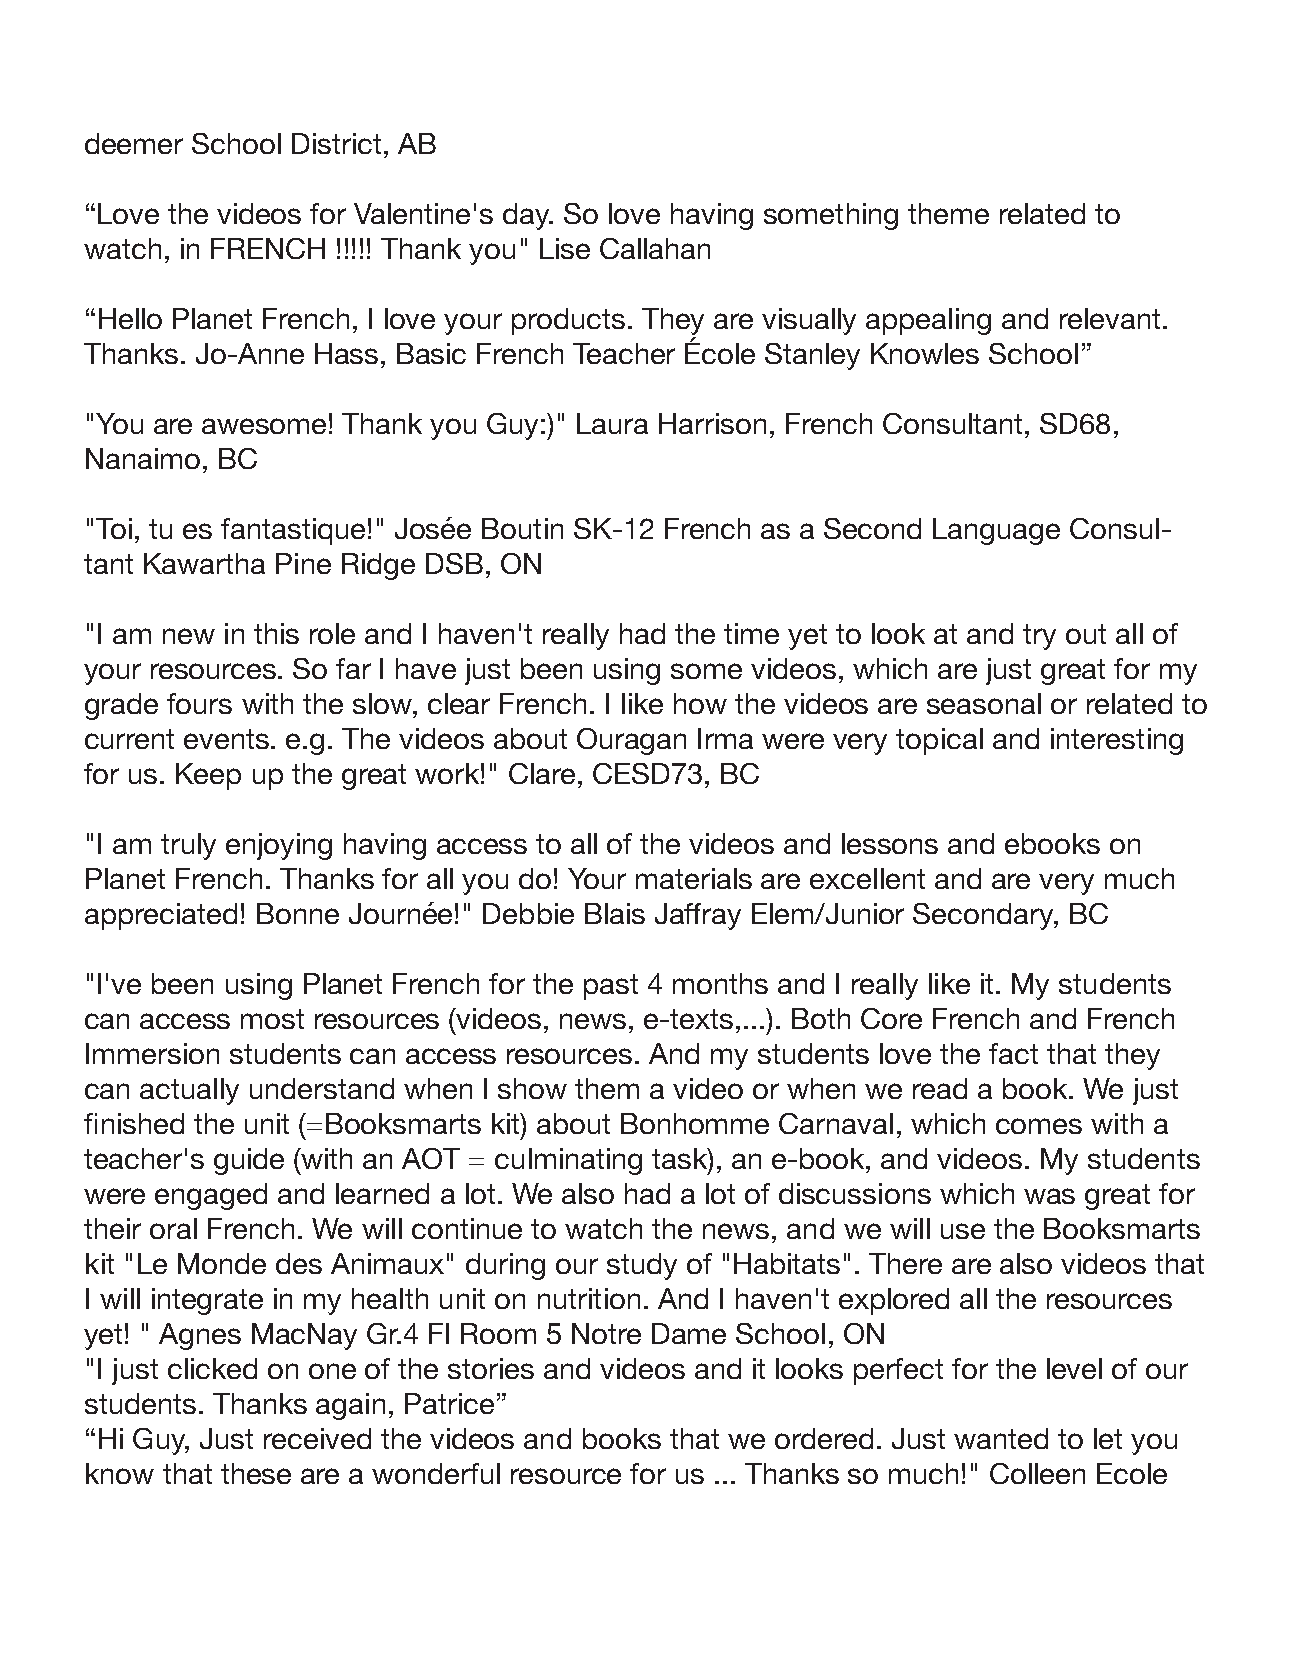
deemer School District, AB
 “Love the videos for Valentine's day. So love having something theme related to
 watch, in FRENCH !!!!! Thank you" Lise Callahan
 “Hello Planet French, I love your products. They are visually appealing and relevant.
 Thanks. Jo-Anne Hass, Basic French Teacher École Stanley Knowles School”
 "You are awesome! Thank you Guy:)" Laura Harrison, French Consultant, SD68,
 Nanaimo, BC
 "Toi, tu es fantastique!" Josée Boutin SK-12 French as a Second Language Consul-
 tant Kawartha Pine Ridge DSB, ON
 "I am new in this role and I haven't really had the time yet to look at and try out all of
 your resources. So far I have just been using some videos, which are just great for my
 grade fours with the slow, clear French. I like how the videos are seasonal or related to
 current events. e.g. The videos about Ouragan Irma were very topical and interesting
 for us. Keep up the great work!" Clare, CESD73, BC
 "I am truly enjoying having access to all of the videos and lessons and ebooks on
 Planet French. Thanks for all you do! Your materials are excellent and are very much
 appreciated! Bonne Journée!" Debbie Blais Jaffray Elem/Junior Secondary, BC
 "I've been using Planet French for the past 4 months and I really like it. My students
 can access most resources (videos, news, e-texts,...). Both Core French and French
 Immersion students can access resources. And my students love the fact that they
 can actually understand when I show them a video or when we read a book. We just
 finished the unit (=Booksmarts kit) about Bonhomme Carnaval, which comes with a
 teacher's guide (with an AOT = culminating task), an e-book, and videos. My students
 were engaged and learned a lot. We also had a lot of discussions which was great for
 their oral French. We will continue to watch the news, and we will use the Booksmarts
 kit "Le Monde des Animaux" during our study of "Habitats". There are also videos that
 I will integrate in my health unit on nutrition. And I haven't explored all the resources
 yet! " Agnes MacNay Gr.4 FI Room 5 Notre Dame School, ON
 "I just clicked on one of the stories and videos and it looks perfect for the level of our
 students. Thanks again, Patrice”
 “Hi Guy, Just received the videos and books that we ordered. Just wanted to let you
 know that these are a wonderful resource for us ... Thanks so much!" Colleen Ecole